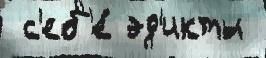
 с'еб'е́ эд'икты